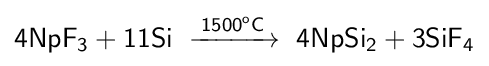
{\mathsf {4NpF_{3}+11Si\ \xrightarrow {1500^{o}C} \ 4NpSi_{2}+3SiF_{4}}}